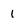
Character: 1